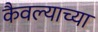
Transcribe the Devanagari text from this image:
कैवल्याच्या